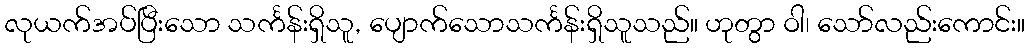
လုယက်အပ်ပြီးသော သင်္ကန်းရှိသူ, ပျောက်သောသင်္ကန်းရှိသူသည်။ ဟုတွာ ဝါ၊ သော်လည်းကောင်း။